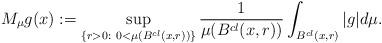
LaTeX: \begin{align*}M_{\mu} g(x) := \sup _{\{r >0 : \ 0 < \mu (B^{cl}(x, r))\}} \frac{1}{\mu(B^{cl}(x, r))} \int _{B^{cl}(x, r)} |g| d\mu.\end{align*}